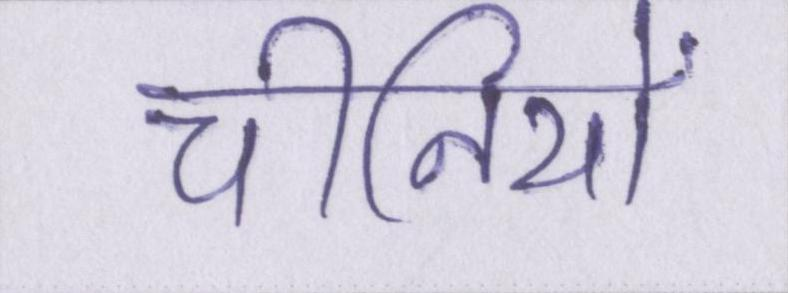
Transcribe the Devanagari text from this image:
चीनियों